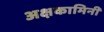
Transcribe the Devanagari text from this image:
अक्षकामिनी